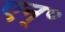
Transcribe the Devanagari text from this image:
एन्॰